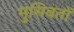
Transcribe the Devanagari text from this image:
मुसिबतों